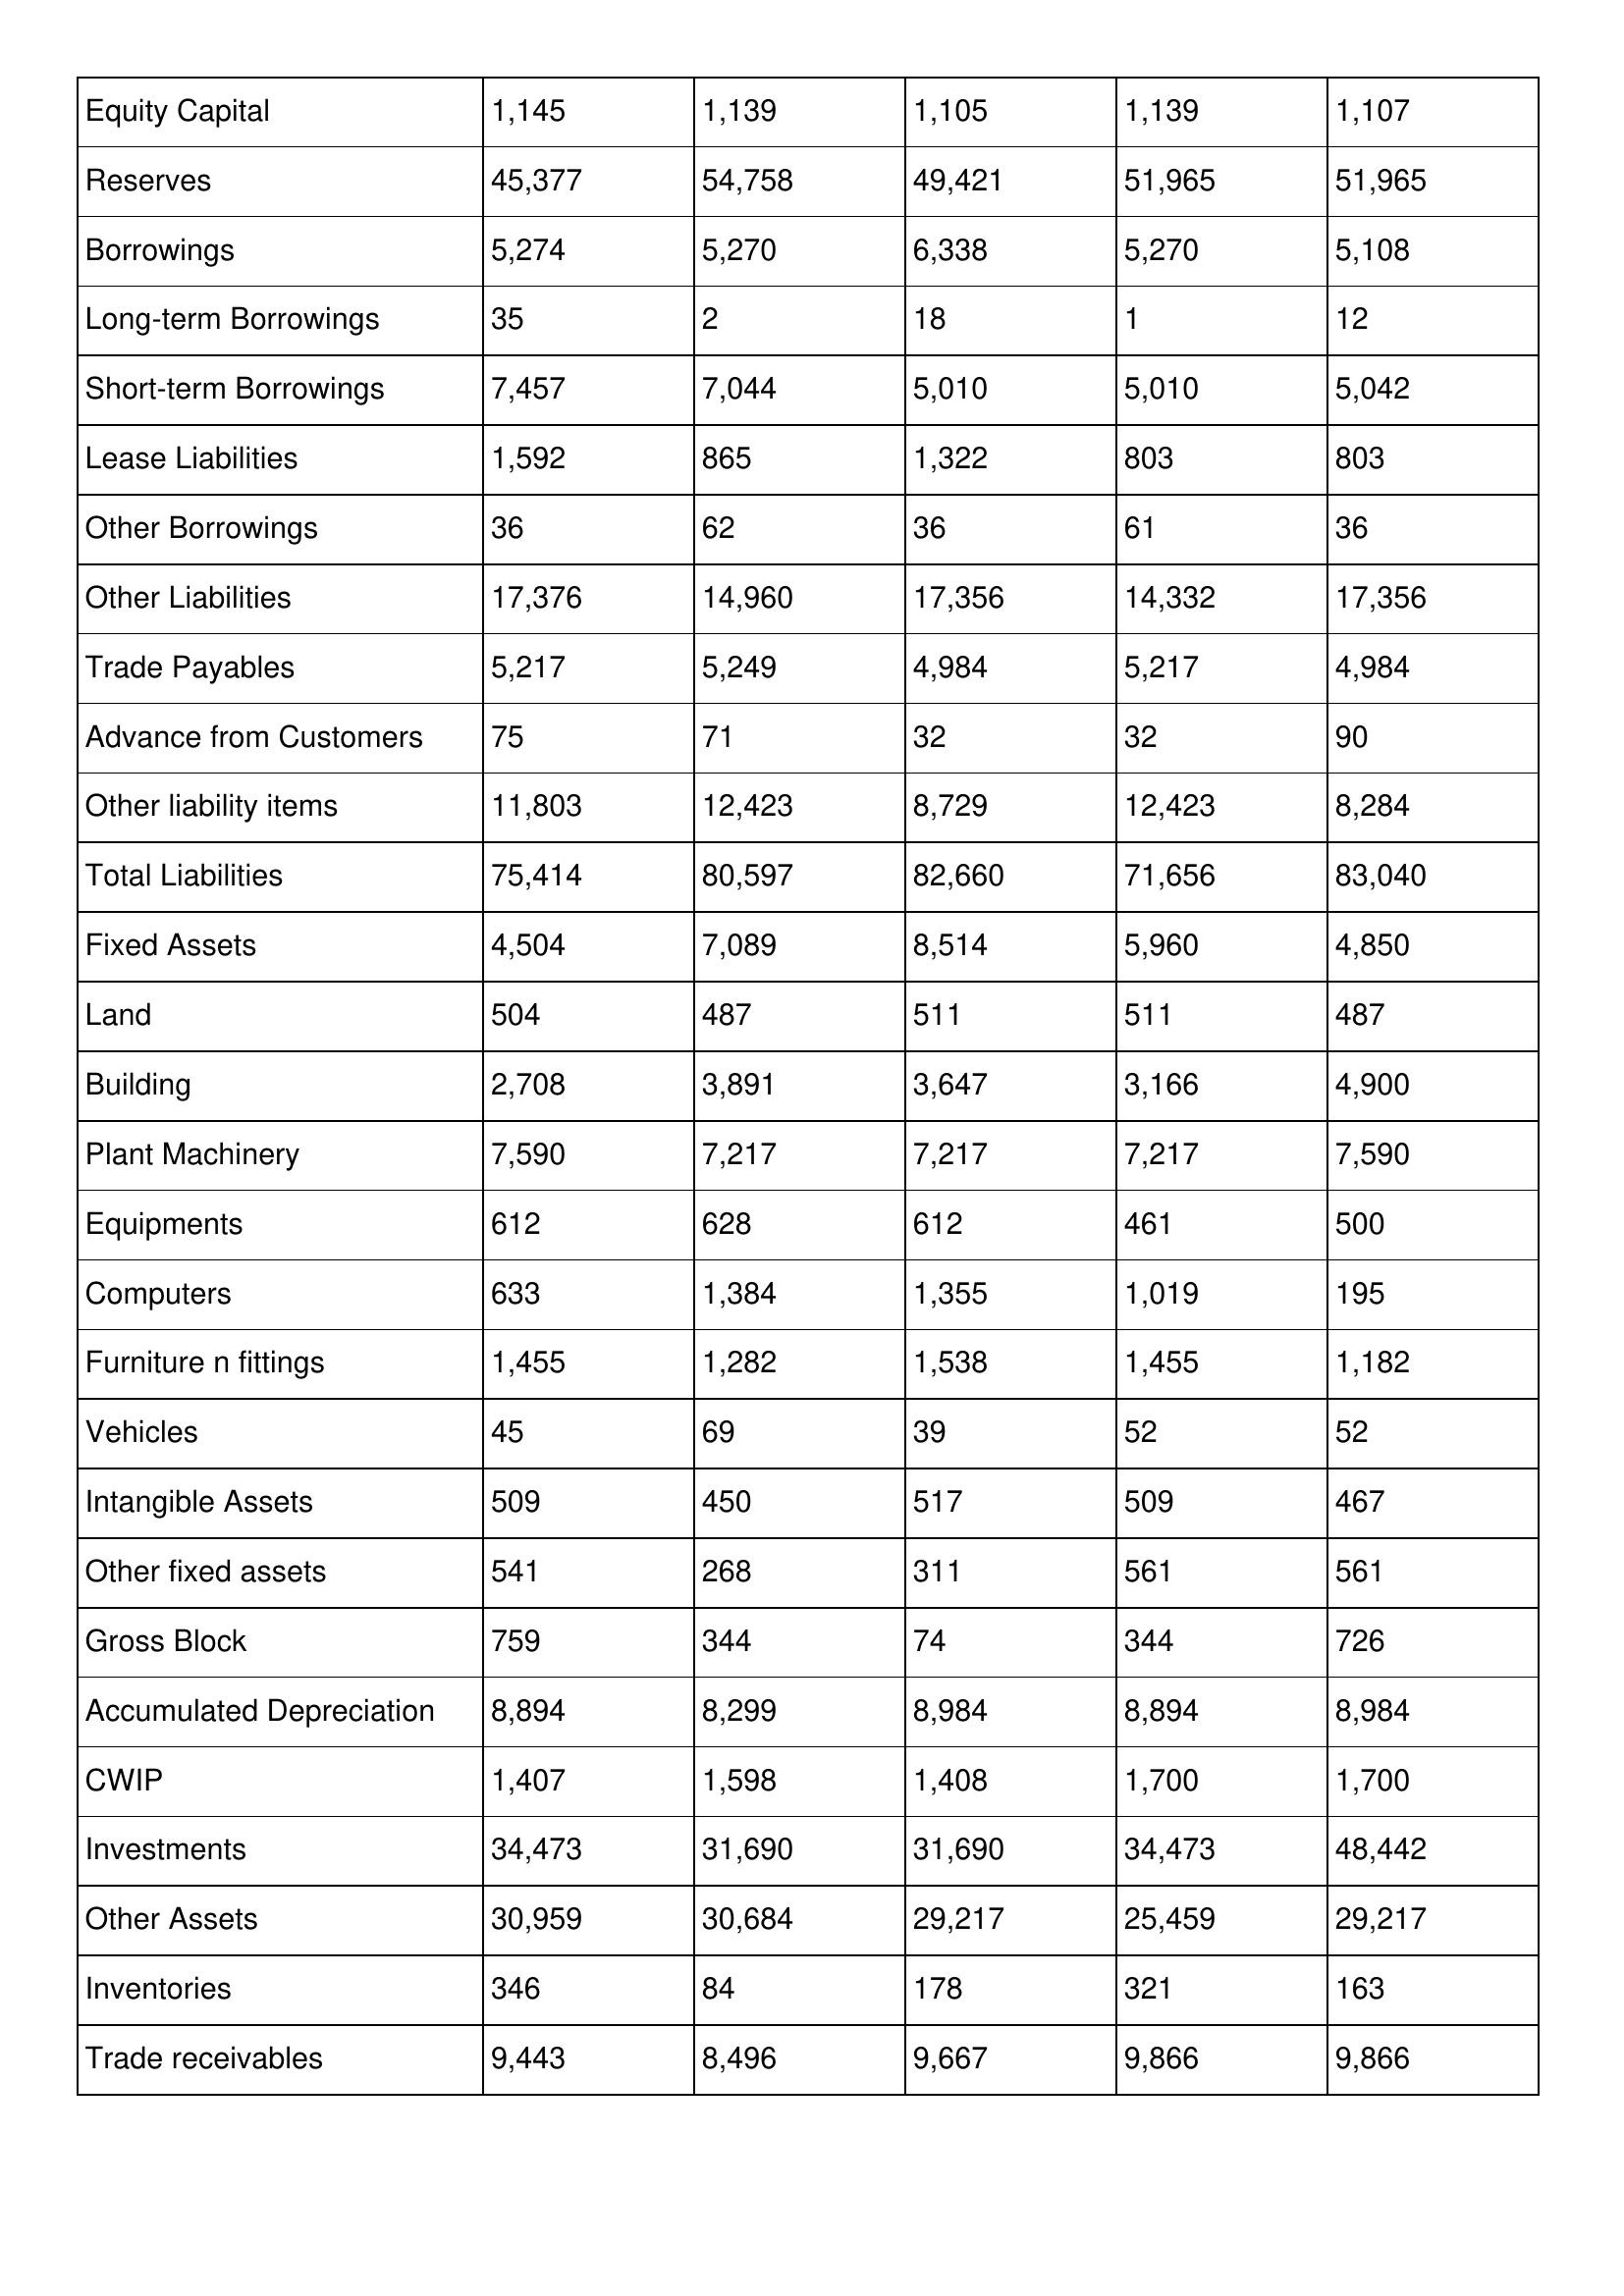
gt_parse: 1998: Balance Sheet: Equity Capital: 1,145
Reserves: 45,377
Borrowings: 5,274
Long-term Borrowings: 35
Short-term Borrowings: 7,457
Lease Liabilities: 1,592
Other Borrowings: 36
Other Liabilities: 17,376
Trade Payables: 5,217
Advance from Customers: 75
Other liability items: 11,803
Total Liabilities: 75,414
Fixed Assets: 4,504
Land: 504
Building: 2,708
Plant Machinery: 7,590
Equipments: 612
Computers: 633
Furniture n fittings: 1,455
Vehicles: 45
Intangible Assets: 509
Other fixed assets: 541
Gross Block: 759
Accumulated Depreciation: 8,894
CWIP: 1,407
Investments: 34,473
Other Assets: 30,959
Inventories: 346
Trade receivables: 9,443
1997: Balance Sheet: Equity Capital: 1,139
Reserves: 54,758
Borrowings: 5,270
Long-term Borrowings: 2
Short-term Borrowings: 7,044
Lease Liabilities: 865
Other Borrowings: 62
Other Liabilities: 14,960
Trade Payables: 5,249
Advance from Customers: 71
Other liability items: 12,423
Total Liabilities: 80,597
Fixed Assets: 7,089
Land: 487
Building: 3,891
Plant Machinery: 7,217
Equipments: 628
Computers: 1,384
Furniture n fittings: 1,282
Vehicles: 69
Intangible Assets: 450
Other fixed assets: 268
Gross Block: 344
Accumulated Depreciation: 8,299
CWIP: 1,598
Investments: 31,690
Other Assets: 30,684
Inventories: 84
Trade receivables: 8,496
1996: Balance Sheet: Equity Capital: 1,105
Reserves: 49,421
Borrowings: 6,338
Long-term Borrowings: 18
Short-term Borrowings: 5,010
Lease Liabilities: 1,322
Other Borrowings: 36
Other Liabilities: 17,356
Trade Payables: 4,984
Advance from Customers: 32
Other liability items: 8,729
Total Liabilities: 82,660
Fixed Assets: 8,514
Land: 511
Building: 3,647
Plant Machinery: 7,217
Equipments: 612
Computers: 1,355
Furniture n fittings: 1,538
Vehicles: 39
Intangible Assets: 517
Other fixed assets: 311
Gross Block: 74
Accumulated Depreciation: 8,984
CWIP: 1,408
Investments: 31,690
Other Assets: 29,217
Inventories: 178
Trade receivables: 9,667
1995: Balance Sheet: Equity Capital: 1,139
Reserves: 51,965
Borrowings: 5,270
Long-term Borrowings: 1
Short-term Borrowings: 5,010
Lease Liabilities: 803
Other Borrowings: 61
Other Liabilities: 14,332
Trade Payables: 5,217
Advance from Customers: 32
Other liability items: 12,423
Total Liabilities: 71,656
Fixed Assets: 5,960
Land: 511
Building: 3,166
Plant Machinery: 7,217
Equipments: 461
Computers: 1,019
Furniture n fittings: 1,455
Vehicles: 52
Intangible Assets: 509
Other fixed assets: 561
Gross Block: 344
Accumulated Depreciation: 8,894
CWIP: 1,700
Investments: 34,473
Other Assets: 25,459
Inventories: 321
Trade receivables: 9,866
1994: Balance Sheet: Equity Capital: 1,107
Reserves: 51,965
Borrowings: 5,108
Long-term Borrowings: 12
Short-term Borrowings: 5,042
Lease Liabilities: 803
Other Borrowings: 36
Other Liabilities: 17,356
Trade Payables: 4,984
Advance from Customers: 90
Other liability items: 8,284
Total Liabilities: 83,040
Fixed Assets: 4,850
Land: 487
Building: 4,900
Plant Machinery: 7,590
Equipments: 500
Computers: 195
Furniture n fittings: 1,182
Vehicles: 52
Intangible Assets: 467
Other fixed assets: 561
Gross Block: 726
Accumulated Depreciation: 8,984
CWIP: 1,700
Investments: 48,442
Other Assets: 29,217
Inventories: 163
Trade receivables: 9,866